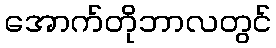
အောက်တိုဘာလတွင်